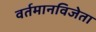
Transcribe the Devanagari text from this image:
वर्तमानविजेता